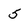
Character: 5